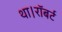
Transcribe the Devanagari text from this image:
था।रॉबर्ट